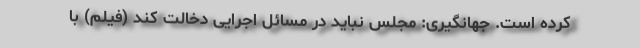
کرده است. جهانگیری: مجلس نباید در مسائل اجرایی دخالت کند (فیلم) با